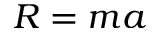
R = m a